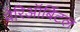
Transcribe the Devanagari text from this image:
पेरिऑर्बिटल